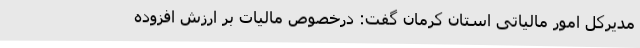
مدیرکل امور مالیاتی استان کرمان گفت: درخصوص مالیات بر ارزش افزوده